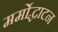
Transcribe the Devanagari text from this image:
मर्मोद्धाटन